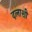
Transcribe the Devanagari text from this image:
दलाशी